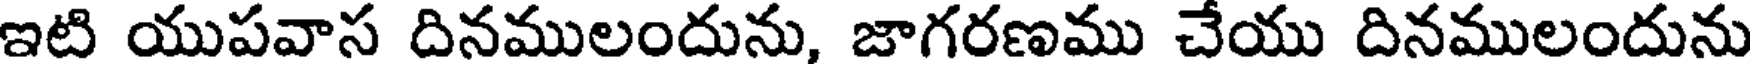
ఇటి యుపవాస దినములందును, జాగరణము చేయు దినములందును